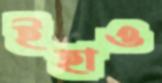
ইহাও